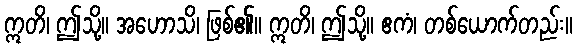
ဣတိ၊ ဤသို့။ အဟောသိ၊ ဖြစ်၏။ ဣတိ၊ ဤသို့။ ဧကံ၊ တစ်ယောက်တည်း။